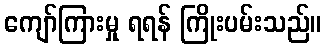
ကျော်ကြားမှု ရရန် ကြိုးပမ်းသည်။